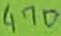
Text: 470